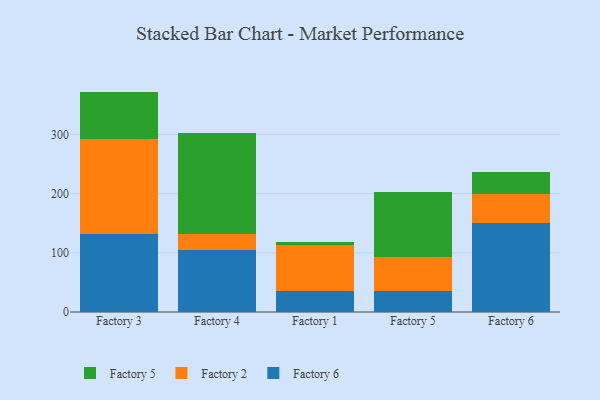
{"axis": {"x": "Factory", "y": "Population (Million)"}, "legend": ["Factory 2", "Factory 5", "Factory 6"], "data": [{"x": "Factory 3", "y": 132.3, "type": "Factory 6"}, {"x": "Factory 3", "y": 160.6, "type": "Factory 2"}, {"x": "Factory 3", "y": 79.6, "type": "Factory 5"}, {"x": "Factory 4", "y": 105.1, "type": "Factory 6"}, {"x": "Factory 4", "y": 26.9, "type": "Factory 2"}, {"x": "Factory 4", "y": 170.4, "type": "Factory 5"}, {"x": "Factory 1", "y": 36.1, "type": "Factory 6"}, {"x": "Factory 1", "y": 76.9, "type": "Factory 2"}, {"x": "Factory 1", "y": 5.7, "type": "Factory 5"}, {"x": "Factory 5", "y": 35.0, "type": "Factory 6"}, {"x": "Factory 5", "y": 57.2, "type": "Factory 2"}, {"x": "Factory 5", "y": 110.0, "type": "Factory 5"}, {"x": "Factory 6", "y": 149.7, "type": "Factory 6"}, {"x": "Factory 6", "y": 50.2, "type": "Factory 2"}, {"x": "Factory 6", "y": 36.0, "type": "Factory 5"}]}